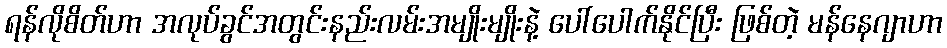
ရန်လိုစိတ်ဟာ အလုပ်ခွင်အတွင်းနည်းလမ်းအမျိုးမျိုးနဲ့ ပေါ်ပေါက်နိုင်ပြီး ဖြစ်တဲ့ မန်နေဂျာဟာ